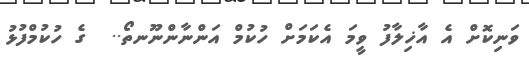
ވަނިކޮށް އެ އާޚިލާފު ވީމަ އެކަމަށް ހުކުމް އަންނާންނޫނތޯ..  ގެ ހުކުމްފުޅު